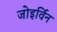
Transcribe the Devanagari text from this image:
जोइर्विन